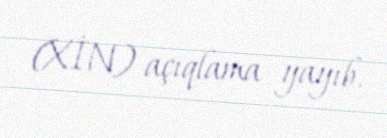
(XİN) açıqlama yayıb.